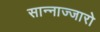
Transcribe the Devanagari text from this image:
सान्नाज्जारो